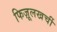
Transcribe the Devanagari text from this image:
फिज़ूलखर्ची